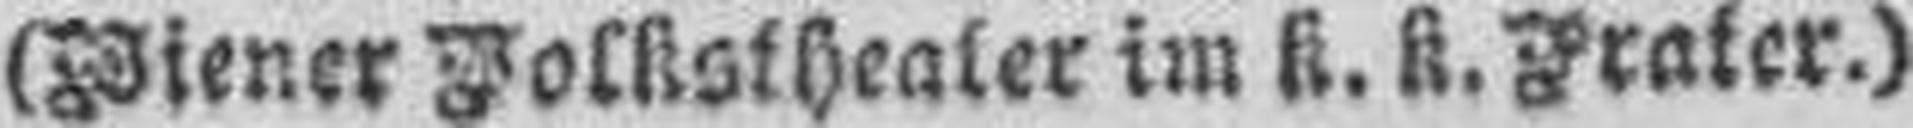
(Wiener Volkstheater im k. k. Frater.)